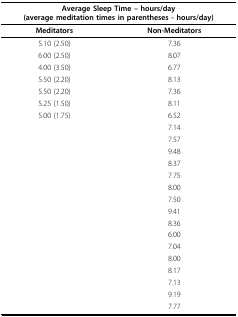
<table><thead><tr><td colspan="2"><b>Average Sleep Time -- hours/day(average meditation times in parentheses - hours/day)</b></td></tr></thead><tbody><tr><td><b>Meditators</b></td><td><b>Non-Meditators</b></td></tr><tr><td>5.10 (2.50)</td><td>7.36</td></tr><tr><td>6.00 (2.50)</td><td>8.07</td></tr><tr><td>4.00 (3.50)</td><td>6.77</td></tr><tr><td>5.50 (2.20)</td><td>8.13</td></tr><tr><td>5.50 (2.20)</td><td>7.36</td></tr><tr><td>5.25 (1.50)</td><td>8.11</td></tr><tr><td>5.00 (1.75)</td><td>6.52</td></tr><tr><td></td><td>7.14</td></tr><tr><td></td><td>7.57</td></tr><tr><td></td><td>9.48</td></tr><tr><td></td><td>8.37</td></tr><tr><td></td><td>7.75</td></tr><tr><td></td><td>8.00</td></tr><tr><td></td><td>7.50</td></tr><tr><td></td><td>9.41</td></tr><tr><td></td><td>8.36</td></tr><tr><td></td><td>6.00</td></tr><tr><td></td><td>7.04</td></tr><tr><td></td><td>8.00</td></tr><tr><td></td><td>8.17</td></tr><tr><td></td><td>7.13</td></tr><tr><td></td><td>9.19</td></tr><tr><td></td><td>7.77</td></tr></tbody></table>